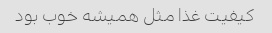
کیفیت غذا مثل همیشه خوب بود